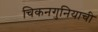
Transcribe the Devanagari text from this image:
चिकनगुनियाची